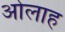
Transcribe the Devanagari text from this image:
ओलाह